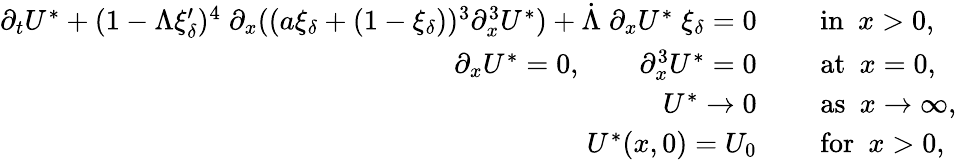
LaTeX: \begin{array}{rl}{\partial_{t}U^{*}+(1-\Lambda\xi_{\delta}^{\prime})^{4}\; \partial_{x}((a\xi_{\delta}+(1-\xi_{\delta}))^{3}\partial_{x}^{3}U^{*})+\dot{\Lambda}\; \partial_{x}U^{*}\; \xi_{\delta}=0\quad}&{\mathrm{~in~}\ x>0,}\\ {\partial_{x}U^{*}=0,\qquad\partial_{x}^{3}U^{*}=0\quad}&{\mathrm{~at~}\ x=0,}\\ {U^{*}\to 0\quad}&{\mathrm{~as~}\ x\to\infty,}\\ {U^{*}(x,0)=U_{0}\quad}&{\mathrm{~for~}\ x>0,}\end{array}